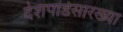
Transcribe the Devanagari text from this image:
देशपांडेसारख्या